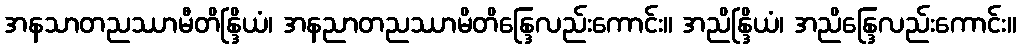
အနသာတညဿာမီတိန္ဒြိယံ၊ အနညာတညဿာမိတိန္ဒြေလည်းကောင်း။ အညိန္ဒြိယံ၊ အညိန္ဒြေလည်းကောင်း။